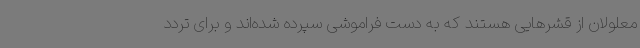
معلولان از قشرهایی هستند که به دست فراموشی سپرده شده‌اند و برای تردد